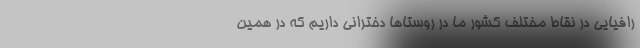
رافیایی در نقاط مختلف کشور ما در روستاها دخترانی داریم که در همین